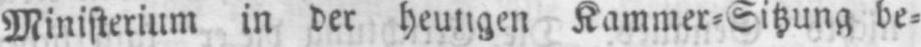
Ministerium in der heutigen Kammer⸗Sitzung be⸗